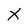
Character: X